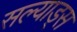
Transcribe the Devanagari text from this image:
सल्याड्स